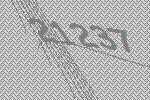
21237